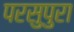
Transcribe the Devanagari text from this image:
परसुपुरा